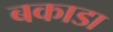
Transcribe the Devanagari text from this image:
बकाडा